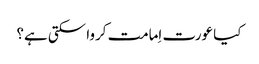
کیا عورت اِمامت کروا سکتی ہے؟